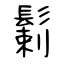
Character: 鬎